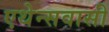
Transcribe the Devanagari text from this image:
एथेन्सवासी